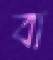
বা